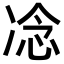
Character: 𪞤